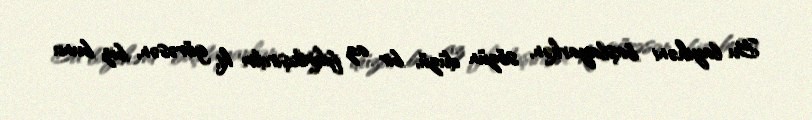
Bu layihəni başlayarkən, sözün düzü, bir az fikirləşirdim ki, görəsən, biz bunu